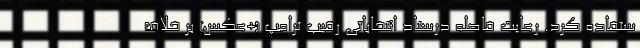
ستفاده کرد. رعایت فاصله درستاد انتخاباتی رقیب ترامپ (+عکس) بر خلاف